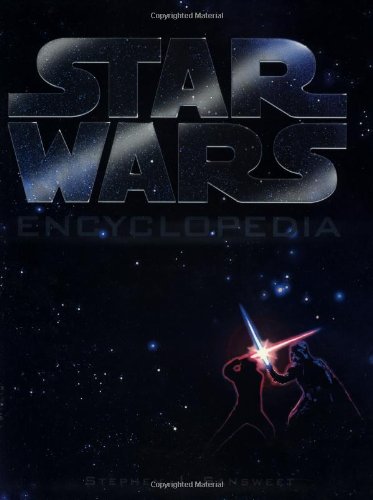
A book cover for The Star Wars Encyclopedia; Stephen J. Sansweet; Humor & Entertainment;